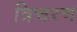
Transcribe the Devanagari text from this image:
त्रिचरण